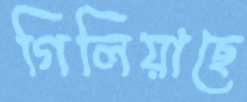
গিলিয়াছে